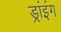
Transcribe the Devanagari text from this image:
ड्रांइंग